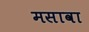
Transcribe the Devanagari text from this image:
मसावा